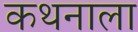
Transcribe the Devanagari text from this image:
कथनाला